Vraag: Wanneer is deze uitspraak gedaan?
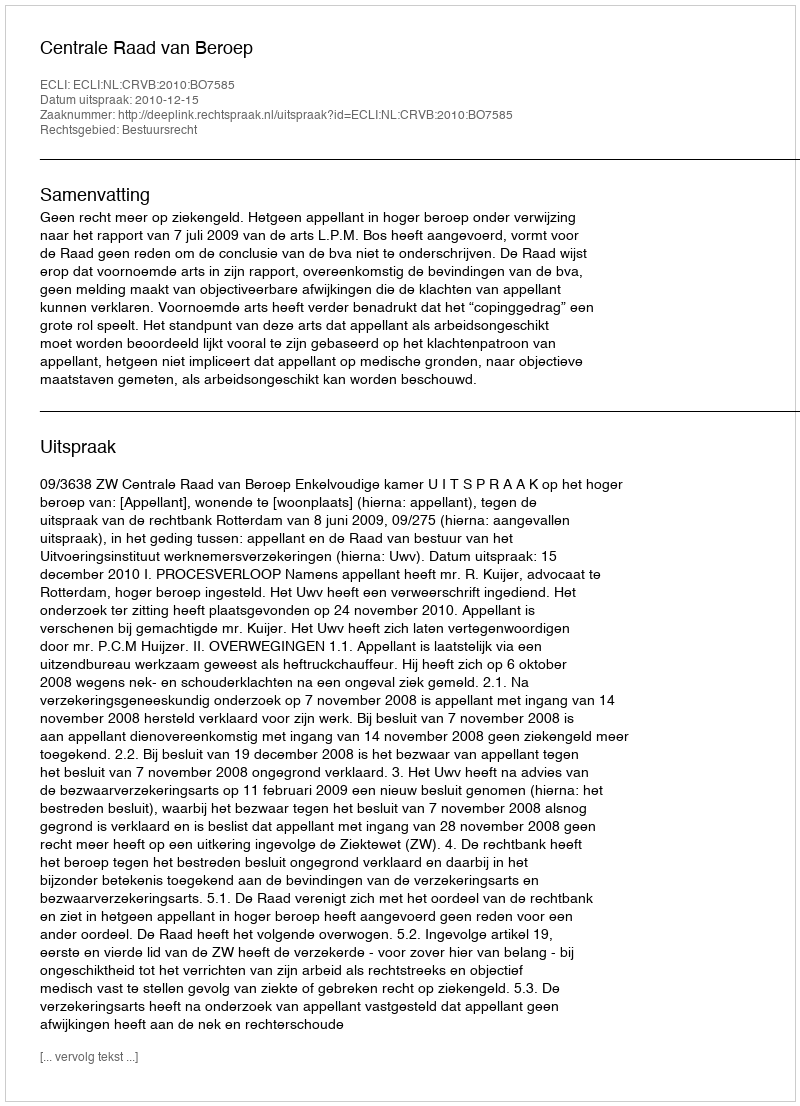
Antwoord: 2010-12-15